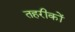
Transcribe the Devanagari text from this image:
तहरीकों